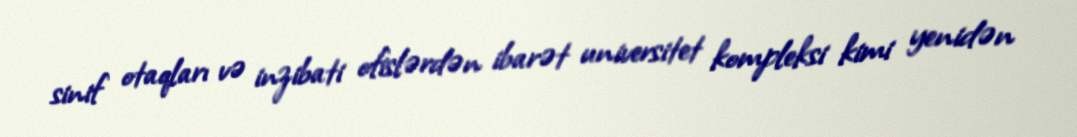
sinif otaqları və inzibati ofislərdən ibarət universitet kompleksi kimi yenidən